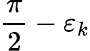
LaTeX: \frac{\pi}{2}-\varepsilon_{k}